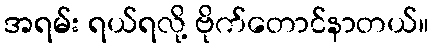
အရမ်း ရယ်ရလို့ ဗိုက်တောင်နာတယ်။